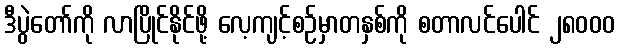
ဒီပွဲတော်ကို လာပြိုင်နိုင်ဖို့ လေ့ကျင့်စဉ်မှာတနှစ်ကို စတာလင်ပေါင် ၂၈၀၀၀